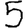
Digit: 5